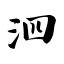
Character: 泗